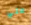
علي